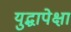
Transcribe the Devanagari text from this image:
युद्धापेक्षा